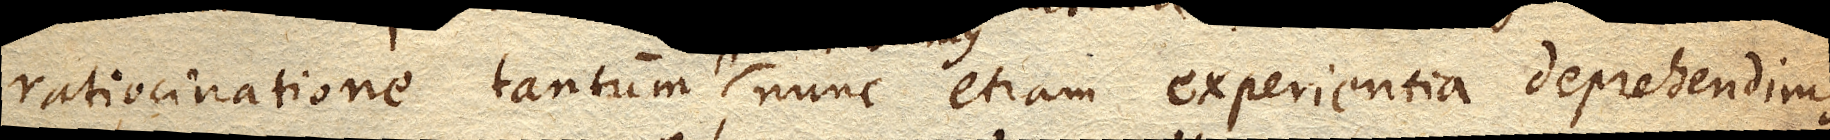
atiocinatione tantum assecuti sumus, nunc etiam experientia deprehendimus,